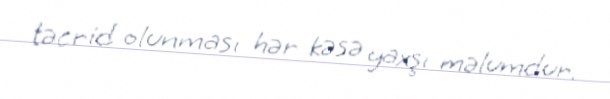
təcrid olunması hər kəsə yaxşı məlumdur.